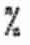
%